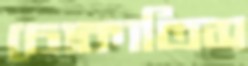
চোকাতিস